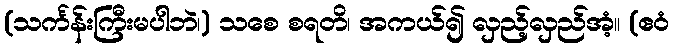
(သင်္ကန်းကြီးမပါဘဲ၊) သစေ စရတိ၊ အကယ်၍ လှည့်လှည်အံ့။ (ဧဝံ